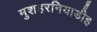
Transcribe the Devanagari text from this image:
मुशहरनियाडीह